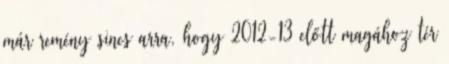
már remény sincs arra, hogy 2012-13 előtt magához tér